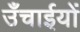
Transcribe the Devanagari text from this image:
उँचाईयों